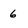
Character: 6